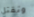
وتقتل